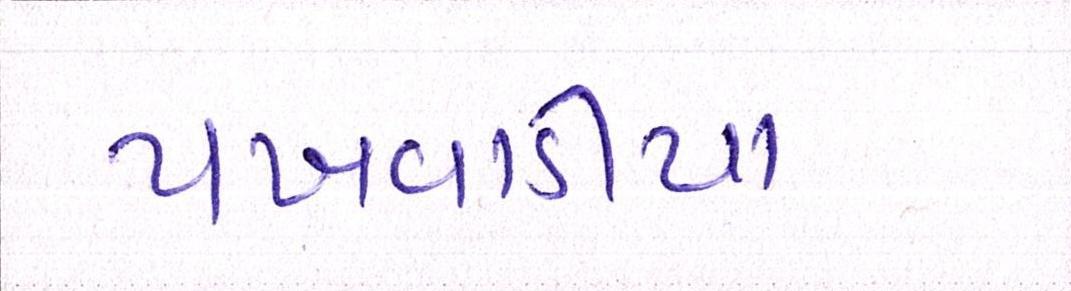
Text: પખવાડીયા